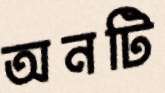
অনটি